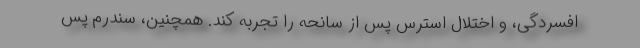
افسردگی، و اختلال استرس پس از سانحه را تجربه کند. همچنین، سندرم پس